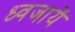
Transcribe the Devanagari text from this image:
ध्वजायें